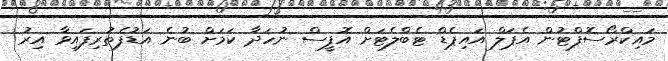
މައިކްރޯސޮފްޓުން އެޕަލް އައިޕެޑް ޓެބްލެޓަށް އޮފީސް ނުހަދާ ކަމަށް ބުނެ އަޑުފެތުރިފައިވާ އިރު